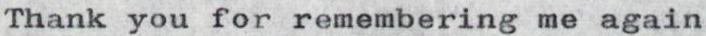
Thank you for remembering me again